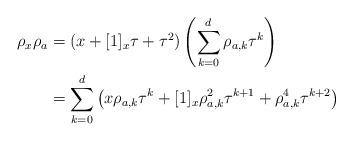
LaTeX: \begin{align*}\rho_x\rho_a &=(x+[1]_x\tau+\tau^2)\left(\sum_{k=0}^d \rho_{a,k} \tau^k\right)\\&=\sum_{k=0}^d\left(x\rho_{a,k}\tau^k+[1]_x\rho_{a,k}^2\tau^{k+1}+\rho_{a,k}^4\tau^{k+2}\right)\end{align*}